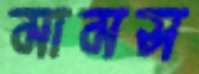
মামস